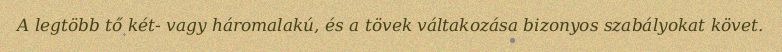
A legtöbb tő két- vagy háromalakú, és a tövek váltakozása bizonyos szabályokat követ.